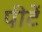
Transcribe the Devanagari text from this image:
पीटें